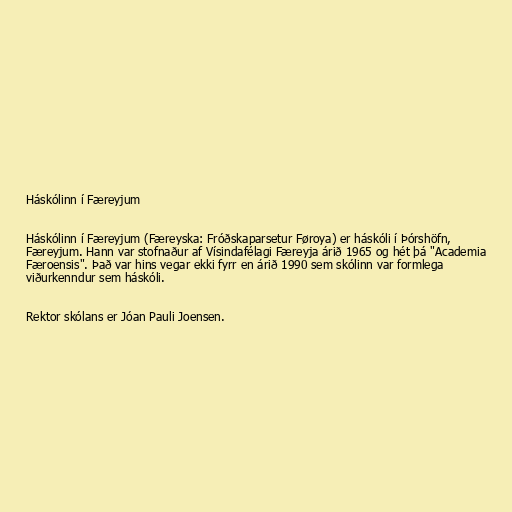
Háskólinn í Færeyjum

Háskólinn í Færeyjum (Færeyska: Fróðskaparsetur Føroya) er háskóli í Þórshöfn,
Færeyjum. Hann var stofnaður af Vísindafélagi Færeyja árið 1965 og hét þá "Academia
Færoensis". Það var hins vegar ekki fyrr en árið 1990 sem skólinn var formlega
viðurkenndur sem háskóli.

Rektor skólans er Jóan Pauli Joensen.